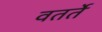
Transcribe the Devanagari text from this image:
वतर्ते